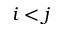
i < j